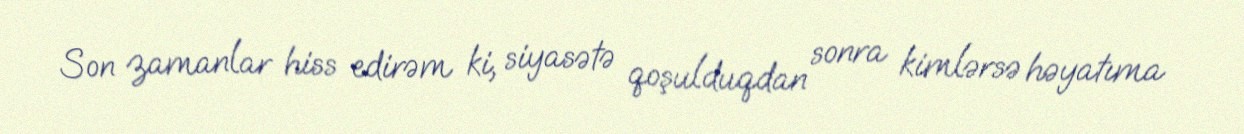
Son zamanlar hiss edirəm ki, siyasətə qoşulduqdan sonra kimlərsə həyatıma